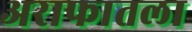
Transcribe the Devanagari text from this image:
अराफातला